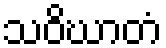
သဝိဃာတံ